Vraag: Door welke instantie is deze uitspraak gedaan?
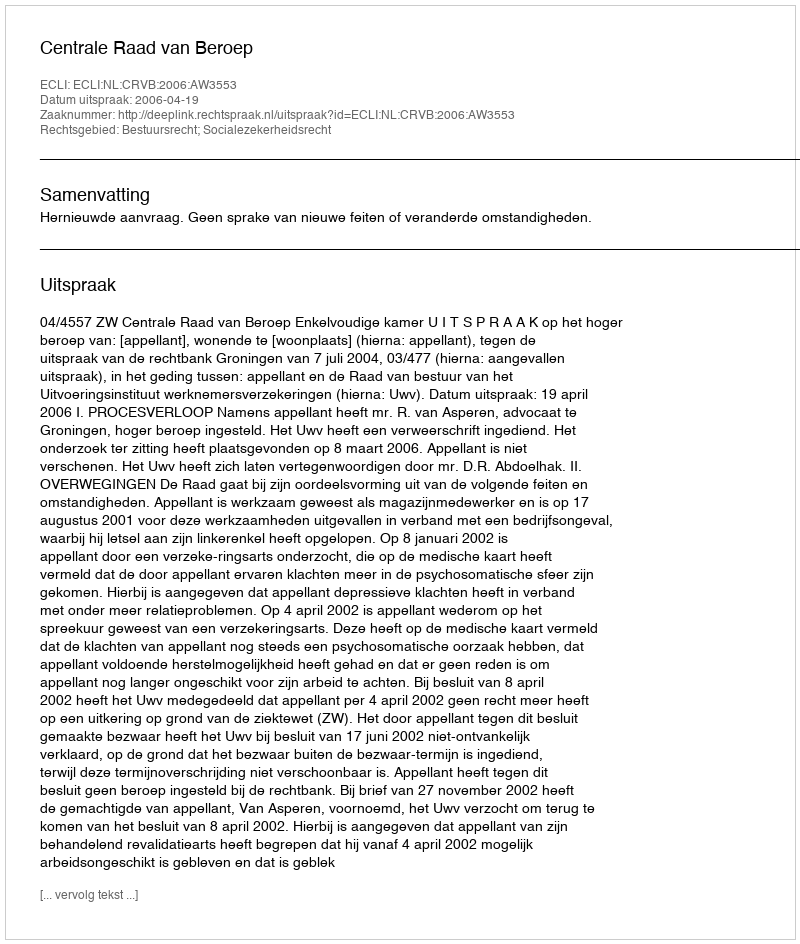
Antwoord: Centrale Raad van Beroep